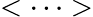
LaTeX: <\cdots>